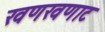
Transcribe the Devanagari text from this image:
खणखणाट